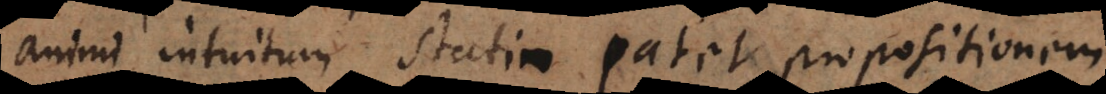
animi intuitum statim patet propositionem